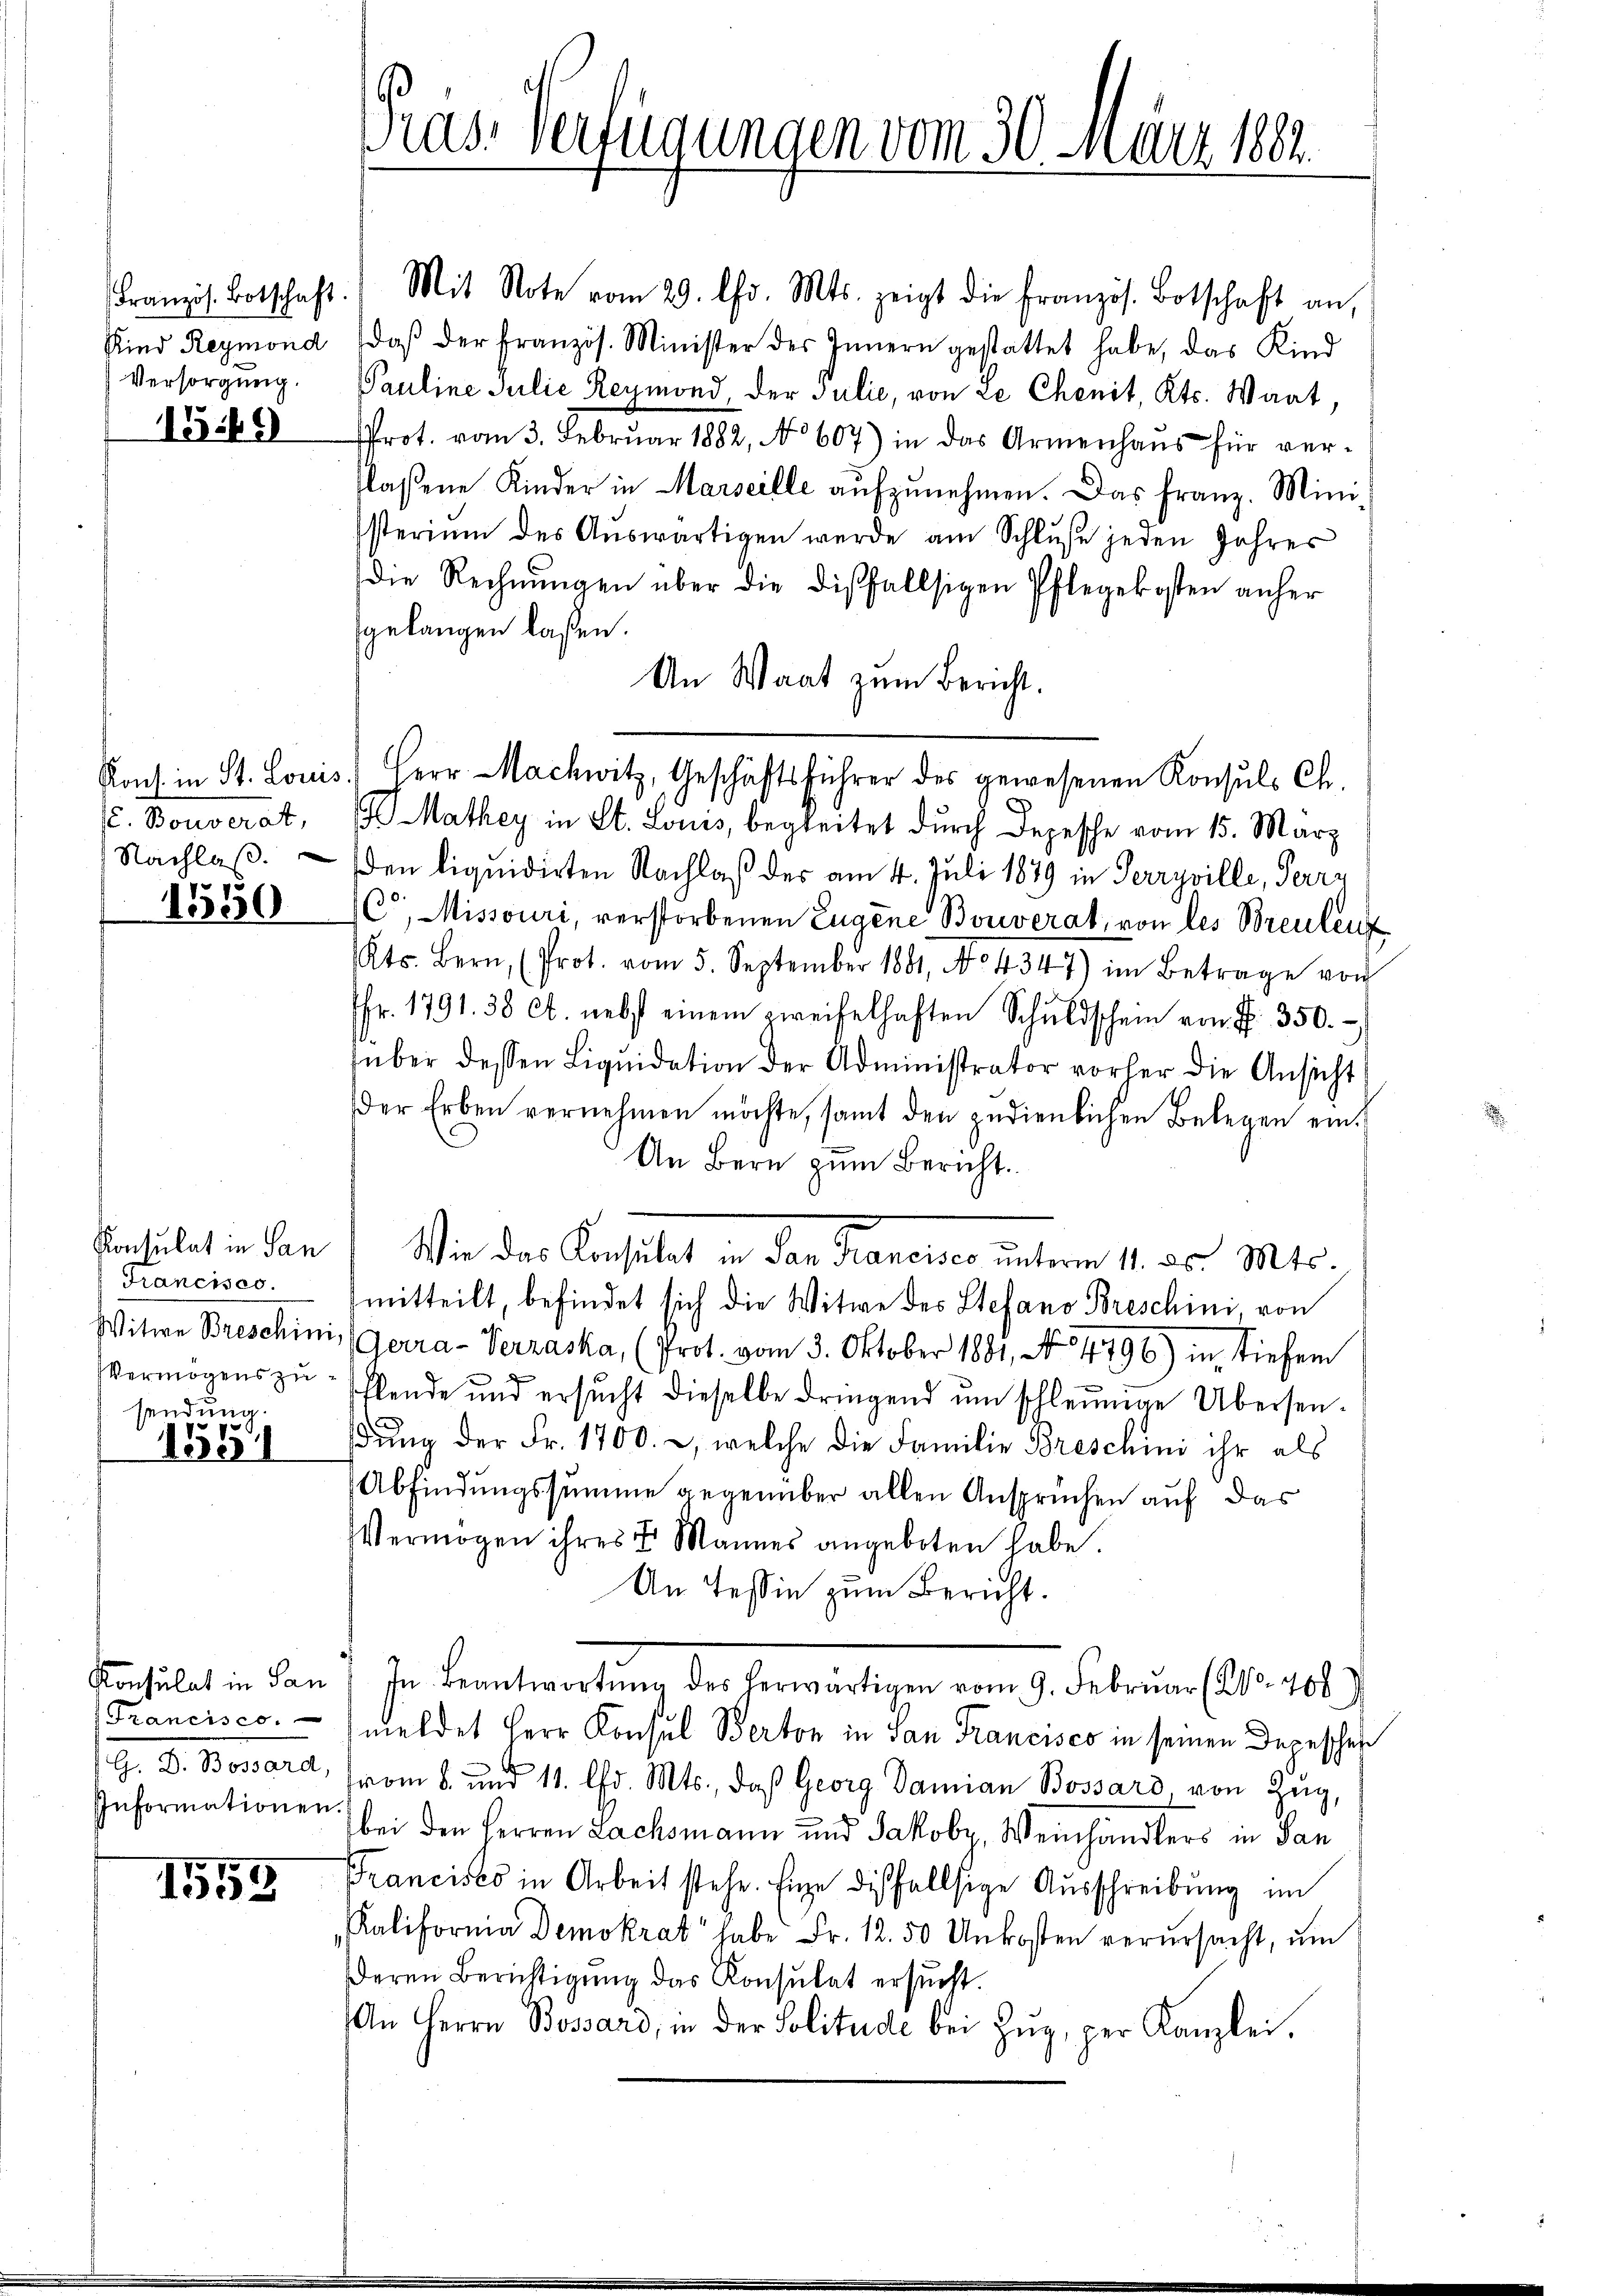
1340)

. Konseret,

1550

Francisco.
sendung.

1551

Francisco
Informationen

1553

Pras. Verfügungen vom 30. März 1882.

Französ. Botschaft: Mit Note vom 29. Chr. Mts. zeigt die französ. Botschaft an,
Kind Reymond (daβ der französ. Minister des Innern gestattet habe, das Kind
Versorgŭng. Pauline Julie Reymond, der Julić, von ze Chenit, Kts. Waat,
Prot. vom 3. Febrŭar 1882, No 607) in das Armenhaŭs für ver-
flassene Kinder in Marseille aŭfzŭnehmen. Das franz. Ministerium des Aŭswärtigen werde am Schlŭβe jeden Jahres
die Rechnŭngen über die disfallsigen Pflegekosten anher
gelangen laßen.
An Waat zum Bericht.
 Mathey in St. Louis, begleitet durch Depesche vom 15. März
Nachlaß. den liquidirten Nachlaß des am 4. Juli 1879 in Perrypille, Herrn
C, Missouri, verstorbenen Eugene Bouverat, von des Breulenz
Kts. Bern, (Prot. vom 5. September 1881, No 4347) im Betrage von
fr. 1791. 38 ct. nebst einem zweifelhaften Schŭldschein von F. 350.
tüber dessen Liqŭidation der Administrator vorher die Ansicht
der Erben vernehmen möchte, samt den zedienlichen Belegen ein¬
An Bern zum Bericht.
Consulat in San! Wie des Konsulat in der Francisco unterm 1. ds. Mts.
mitteilt, befindet sich die Witwe des Stefano Breschini, von
Witwe Breschini, Gerra-Verraska, (Prot. vom 3. Oktober 1881, No 4796) in tiefer
Vermögens zŭ Ehlende und ersŭcht dieselbe dringend ŭm schleunige Übersen-
dŭng der Fr. 1700. 2, welche die Familie Breschini ihr als
Abfindungssumme gegenüber allen Ansprüchen auf das
Vermögen ihres 7. Mannes angeboten habe.
An Tessin zum Bericht.
Konsulat in San / In Beantwortŭng des herwärtigen vom 9. Febrŭar (21. 768
meldet Herr Konsul Berton in San Francisco in seinen Depeschehe
G. D. Bossard, vom 8. und 11. d. Mts., daß Georg Damian Bossard, von Zug,
bei den Herren Lachsmann und Jakoby, Weinhändlers in San
Francisco in Arbeit stehe. Enge dißfallsige Ausschreibung im
Ralifornia Demokrat habe Fr. 12.50 Unkosten verursacht, um
deren Berichtigung das Konsulat ersucht.
An Herrn Bossard, in der Politude bei Zŭg, per Kanzlei.

Kons. in St. Louis. Herr Machwitz, Geschäftsführer des gewesenen Konsuls Ch.